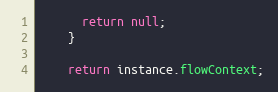
Language: Java
      return null;
    }

    return instance.flowContext;